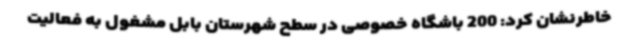
خاطرنشان کرد: 200 باشگاه خصوصی در سطح شهرستان بابل مشغول به فعالیت